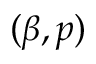
( \beta , p )